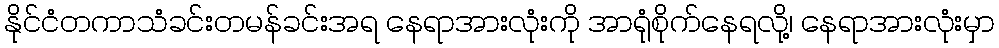
နိုင်ငံတကာသံခင်းတမန်ခင်းအရ နေရာအားလုံးကို အာရုံစိုက်နေရလို့၊ နေရာအားလုံးမှာ